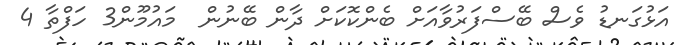
އަޅުގަނޑު ވެސް ބޭސްފަރުވާއަށް ބެންކޮކަށް ދާން ބޭނުން  މައުމޫން3 ހަފްތާ 4